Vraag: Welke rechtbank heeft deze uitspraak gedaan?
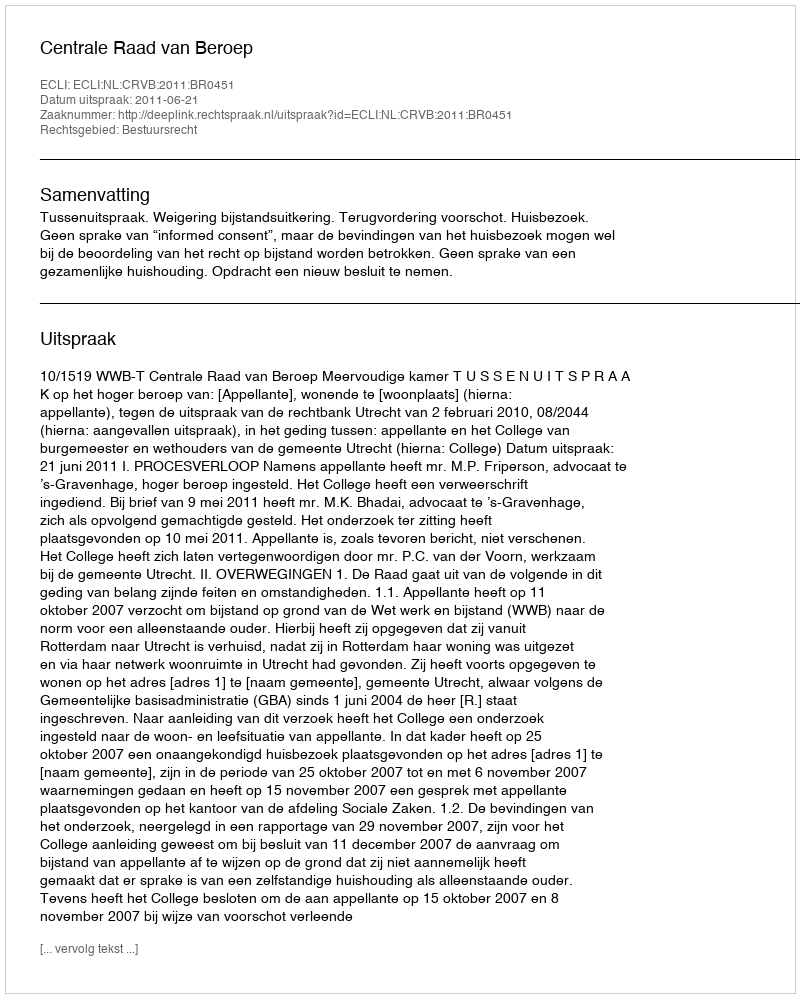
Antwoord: Centrale Raad van Beroep